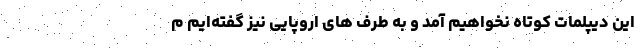
این دیپلمات کوتاه نخواهیم آمد و به طرف های اروپایی نیز گفته‌ایم م